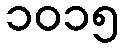
၁၀၁၅